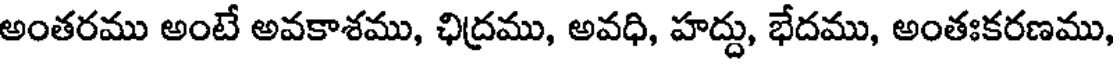
అంతరము అంటే అవకాశము, ఛిద్రము, అవధి, హద్దు, భేదము, అంతఃకరణము,